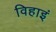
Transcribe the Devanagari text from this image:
विहाइं